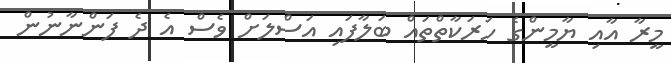
މީރާ އާއި ޔާމީންގެ ހަރަކާތްތައް ބަލާފައި އަސްލަށް ވެސް އެ ދެ ފަންނާނުން